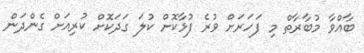
ބާއްވާ މުބާރާތް މި ފަހަރަށް ވުރެ ފުޅާކޮށް ކުލަ ގަދަކޮށް ކުރިއަށް ގެންދަން